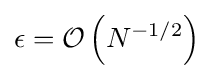
\epsilon ={\mathcal {O}}\left(N^{-1/2}\right)